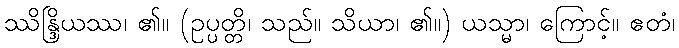
ဿိန္ဒြိယဿ၊ ၏။ (ဥပ္ပတ္တိ၊ သည်။ သိယာ၊ ၏။) ယသ္မာ၊ ကြောင့်။ ဧတံ၊